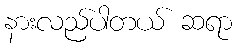
နားလည်ပါတယ် ဆရာ